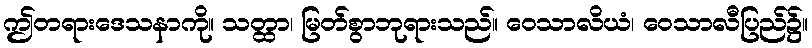
ဤတရားဒေသနာကို။ သတ္ထာ၊ မြတ်စွာဘုရားသည်။ ဝေသာလိယံ၊ ဝေသာလီပြည်၌။